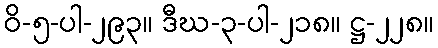
ဝိ-၅-ပါ-၂၉၃။ ဒီဃ-၃-ပါ-၂၁၈။ ဋ္ဌ-၂၂၈။